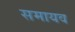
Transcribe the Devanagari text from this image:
समायव